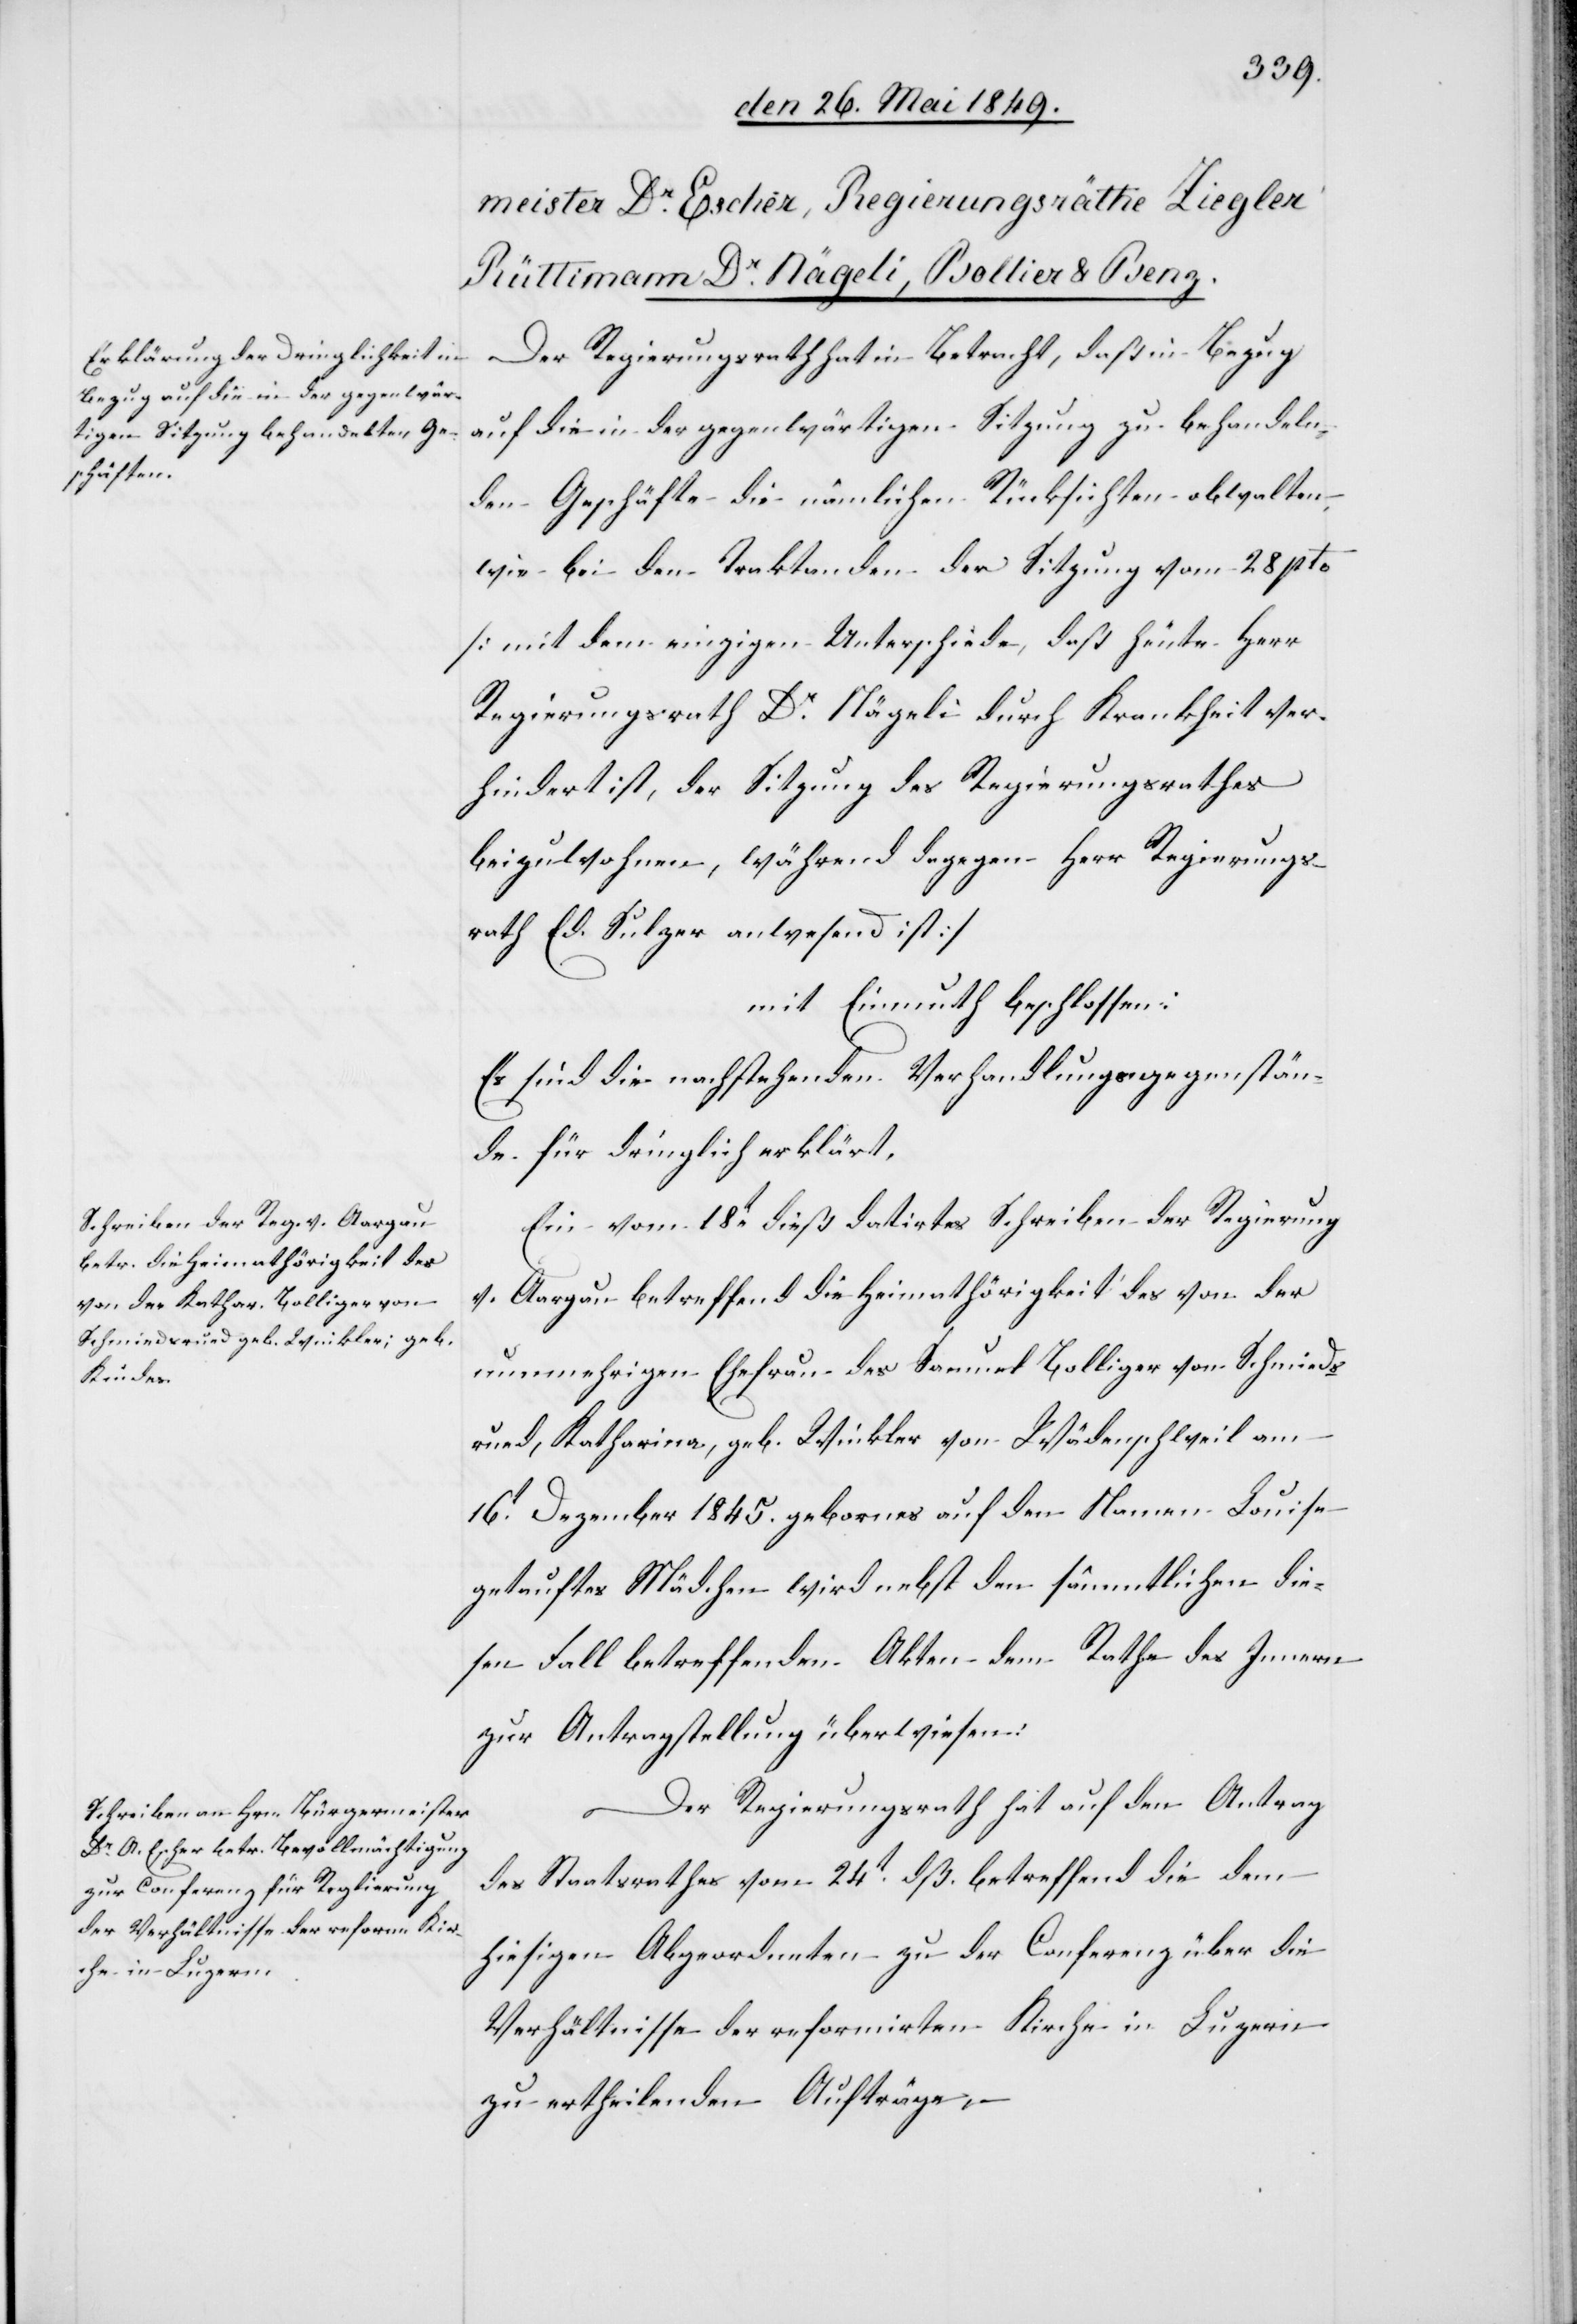
Der Regierungsrath hat in Betracht, daß in Bezug
auf die in der gegenwärtigen Sitzung zu behandeln¬
den Geschäfte die nämlichen Rücksichten obwalten,
wie bei den Traktanden der Sitzung vom 28 pto
[mit dem einzigen Unterschiede, daß heute Herr
Regierungsrath Dr Nägeli durch Krankheit ver¬
hindert ist, der Sitzung des Regierungsrathes
beizuwohnen, während dagegen Herr Regierungs¬
rath Ed. Sulzer anwesend ist]
mit Einmuth beschlossen:
Es sind die nachstehenden Verhandlungsgegenstän¬
de für dringlich erklärt.
Ein vom 18t dieß datirtes Schreiben der Regierung
v. Aargau betreffend die Heimathörigkeit des von der
nunmehrigen Ehefrau des Samuel Bolliger von Schmieds¬
rued, Katharina, geb. Winkler von Wädenschweil am
16t Dezember 1845. geborenes auf den Namen Louise
getauftes Mädchen wird nebst den sämmtlichen die¬
sen Fall betreffenden Akten dem Rathe des Innern
zur Antragstellung überwiesen.
Der Regierungsrath hat auf den Antrag
des Staatsrathes vom 24t dß. betreffend die dem
hiesigen Abgeordneten zu der Conferenz über die
Verhältnisse der reformirten Kirche in Luzern
zu ertheilenden Aufträge,